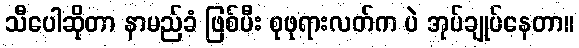
သီပေါဆိုတာ နာမည်ခံ ဖြစ်ပီး စုဖုရားလတ်က ပဲ အုပ်ချုပ်နေတာ။